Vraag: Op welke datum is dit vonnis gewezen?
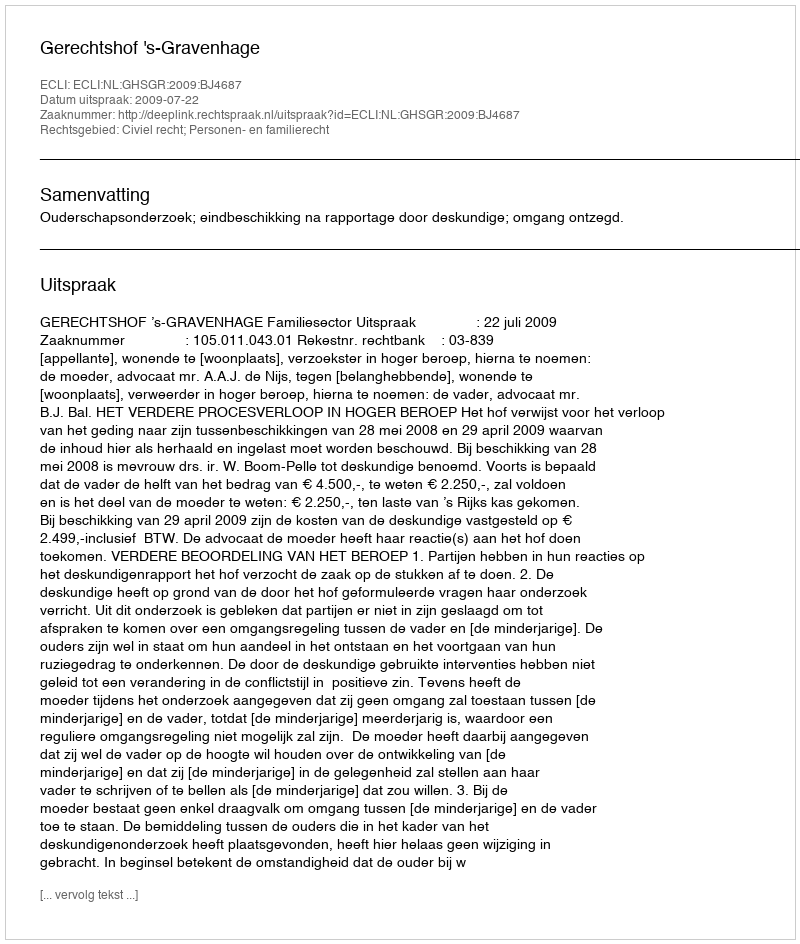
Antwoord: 2009-07-22